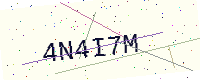
Text: 4N4I7M